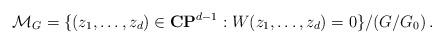
LaTeX: \begin{align*}{\cal M}_G=\{ (z_1,\ldots,z_d)\in {\bf CP}^{d-1} : W(z_1,\ldots,z_d)=0\}/ (G/G_0)\,.\end{align*}